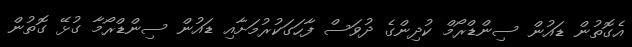
އެގޮތުން ޑައުން ސިންޑްރޯމް ކުދިންގެ ދުވަސް ފާހަގަކުރުމަށާއި ޑައުން ސިންޑްރޯމާ ގުޅޭ ގޮތުން